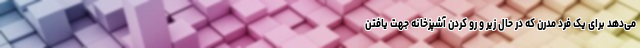
می‌دهد برای یک فرد مدرن که در حال زیر و رو کردن آشپزخانه جهت یافتن